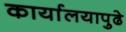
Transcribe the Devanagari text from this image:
कार्यालयापुढे